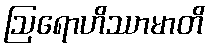
ဩရောဟိဿာမာတိ